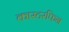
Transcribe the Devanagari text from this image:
कास्टरफिन